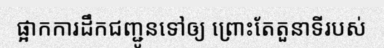
ផ្អាកការដឹកជញ្ជូនទៅឲ្យ ព្រោះតែតួនាទីរបស់